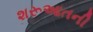
શરૂઆતની